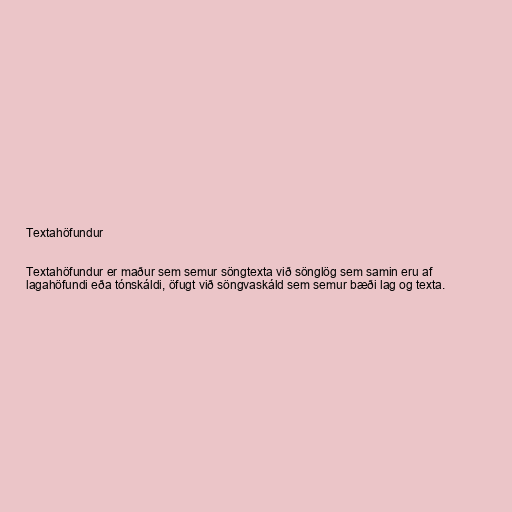
Textahöfundur

Textahöfundur er maður sem semur söngtexta við sönglög sem samin eru af
lagahöfundi eða tónskáldi, öfugt við söngvaskáld sem semur bæði lag og texta.